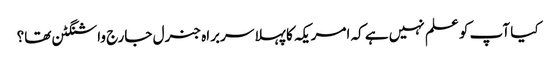
کیا آپ کو علم نہیں ہے کہ امریکہ کا پہلا سربراہ جنرل جارج واشنگٹن تھا؟